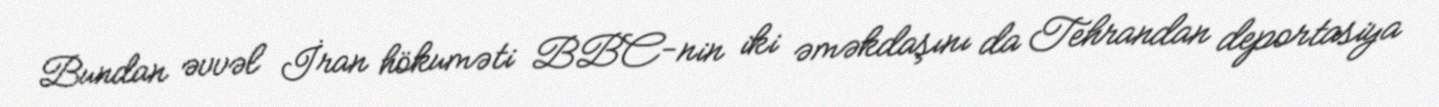
Bundan əvvəl İran hökuməti BBC-nin iki əməkdaşını da Tehrandan deportasiya